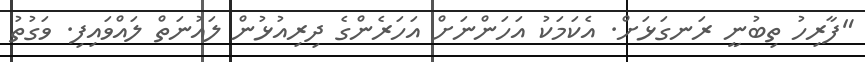
"ފާރިހު ތިބުނީ ރަނގަޅަށް. އެކަމަކު އަހަންނަށް އަހަރެންގެ ދިރިއުޅުން ލައުނަތް ލައްވައިފި. ވަގުތު